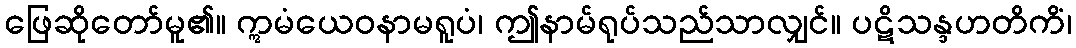
ဖြေဆိုတော်မူ၏။ ဣမံယေဝနာမရူပံ၊ ဤနာမ်ရုပ်သည်သာလျှင်။ ပဋိသန္ဒဟတိကိံ၊